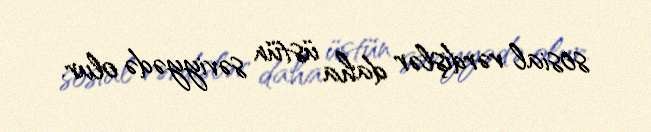
sosial vərdişlər daha üstün səviyyədə olur.